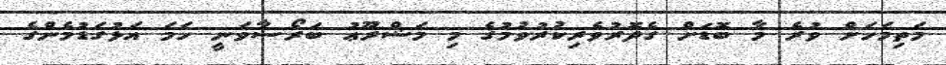
މަތިމަހަށް ވުރެ މާ ބޮޑަށް ގެދޮރުވެރިކުރުވުމުގެ މި މަޝްރޫޢު ބަރޯސާވަނީ ހަމަ އަޅުގަޑުމެންގެ